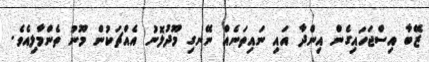
ޒޭބާ އިސްޖަހައިގެން އިންދާ އައި ނައިތަނެއް ނޭނގި މޫދުލޮނު އެއްޗަކުން މޫނު ތެންމާލިއެވެ.